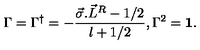
\Gamma = \Gamma ^ { \dagger } = - \frac { \vec { \sigma } . { \vec { L } } ^ { R } - 1 / 2 } { l + 1 / 2 } , \Gamma ^ { 2 } = { \bf 1 } .